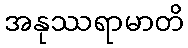
အနုဿရာမာတိ